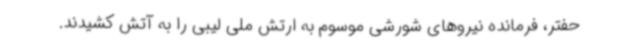
حفتر، فرمانده نیروهای شورشی موسوم به ارتش ملی لیبی را به آتش کشیدند.